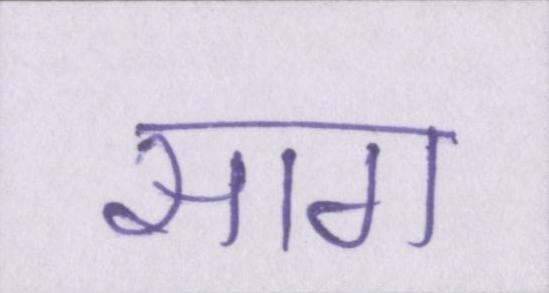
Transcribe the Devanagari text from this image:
साग